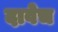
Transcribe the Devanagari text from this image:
दावेच